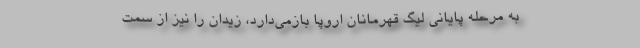
به مرحله پایانی لیگ قهرمانان اروپا بازمی‌دارد، زیدان را نیز از سمت